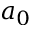
a _ { 0 }